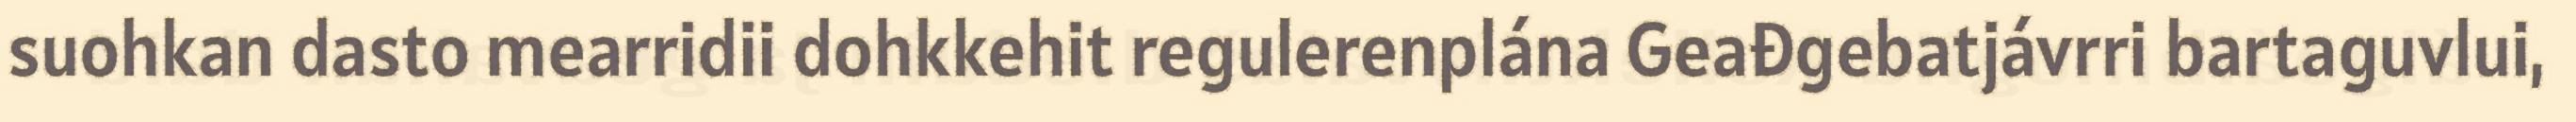
suohkan dasto mearridii dohkkehit regulerenplána Geađgebatjávrri bartaguvlui,